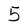
Character: 5